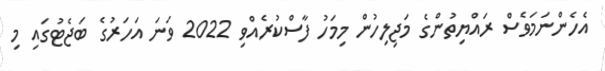
އެހެންނަމަވެސް ރައްޔިތުންގެ މަޖިލިހުން މިމަހު ފާސްކުރެއްވި 2022 ވަނަ އަހަރުގެ ބަޖެޓުގައި މި